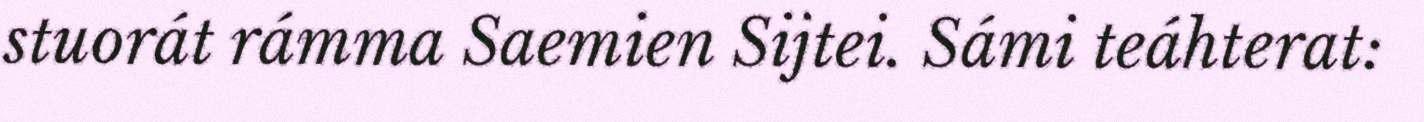
stuorát rámma Saemien Sijtei. Sámi teáhterat: